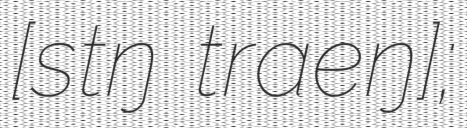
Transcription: [stɨŋ traeŋ];